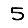
Digit: 5